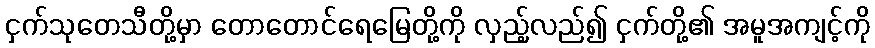
ငှက်သုတေသီတို့မှာ တောတောင်ရေမြေတို့ကို လှည့်လည်၍ ငှက်တို့၏ အမူအကျင့်ကို